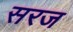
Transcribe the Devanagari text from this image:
सरज